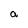
Character: a